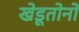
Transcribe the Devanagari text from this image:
खेडूतोनो